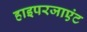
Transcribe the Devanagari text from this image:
हाइपरजाएंट